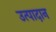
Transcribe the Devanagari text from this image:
उत्पादान